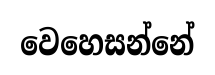
වෙහෙසන්නේ